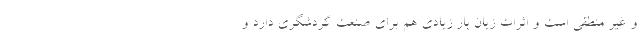
و غیر منطقی است و اثرات زیان بار زیادی هم برای صنعت گردشگری دارد و